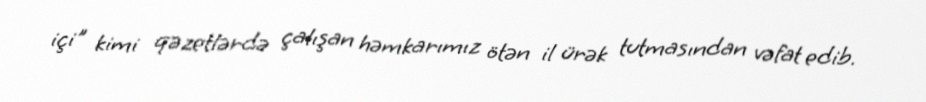
içi" kimi qəzetlərdə çalışan həmkarımız ötən il ürək tutmasından vəfat edib.